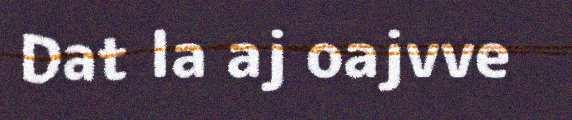
Dat la aj oajvve